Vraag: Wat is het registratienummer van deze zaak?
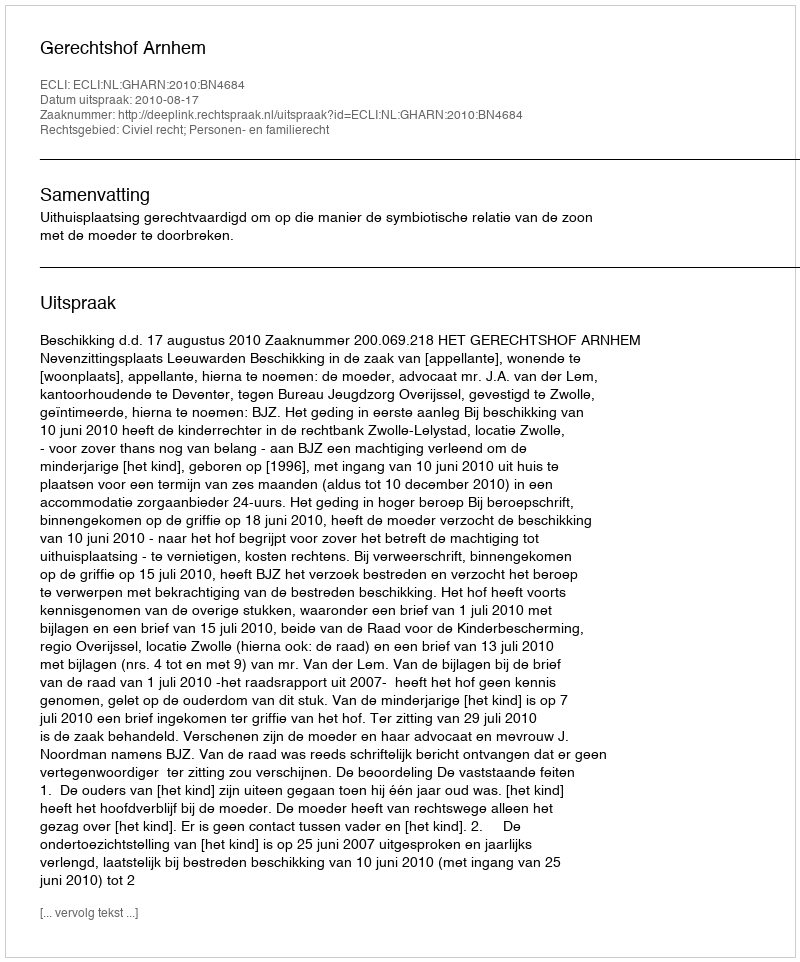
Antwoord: http://deeplink.rechtspraak.nl/uitspraak?id=ECLI:NL:GHARN:2010:BN4684